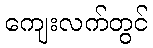
ကျေးလက်တွင်